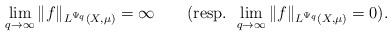
\begin{align*} \lim_{q\rightarrow \infty} \|f\|_{L^{\Psi_q}(X,\mu)}=\infty\qquad(\textrm{resp. }\lim_{q\rightarrow \infty} \|f\|_{L^{\Psi_q}(X,\mu)}=0).\end{align*}